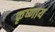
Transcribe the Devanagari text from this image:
कृष्णाय